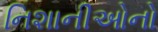
નિશાનીઓનો